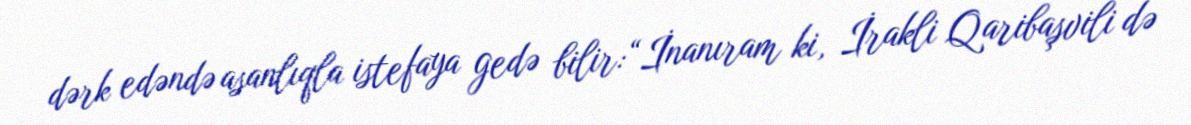
dərk edəndə asanlıqla istefaya gedə bilir:“İnanıram ki, İrakli Qaribaşvili də